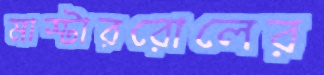
মাস্টাররোলের